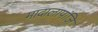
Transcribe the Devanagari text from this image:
मादालापांजि